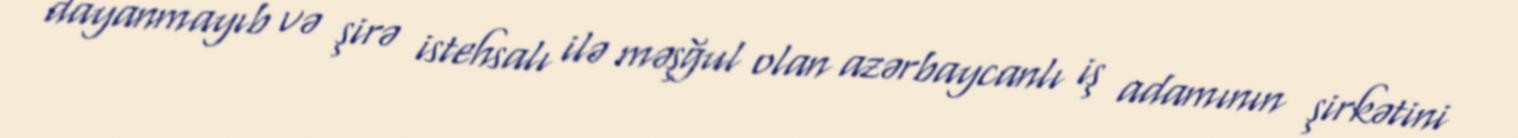
dayanmayıb və şirə istehsalı ilə məşğul olan azərbaycanlı iş adamının şirkətini